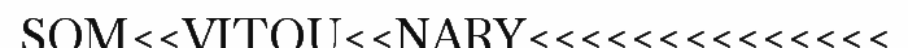
SOM<<VITOU<<NARY<<<<<<<<<<<<<<